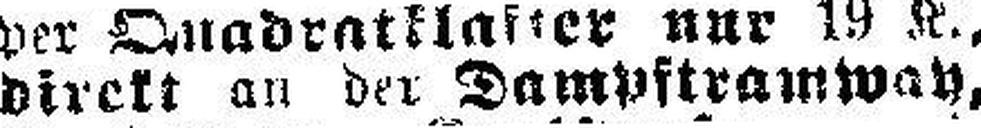
direkt an der Dampftramwa###,